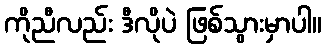
ကိုညီလည်း ဒီလိုပဲ ဖြစ်သွားမှာပါ။